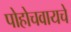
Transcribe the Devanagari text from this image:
पोहोचवायचे